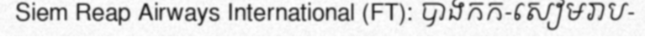
Siem Reap Airways International (FT): បាងកក-សៀមរាប-